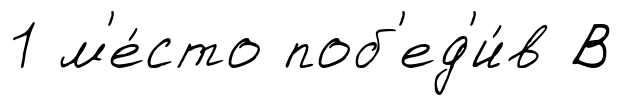
1 м'е́сто поб'ед'и́в В